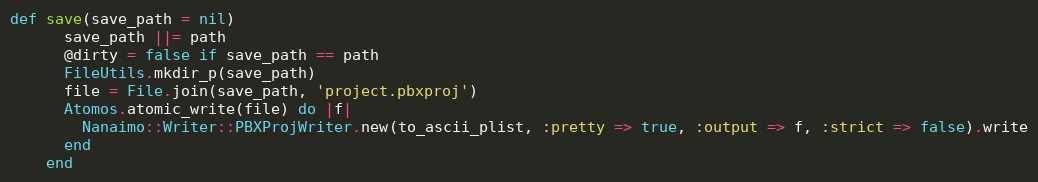
Language: Ruby
def save(save_path = nil)
      save_path ||= path
      @dirty = false if save_path == path
      FileUtils.mkdir_p(save_path)
      file = File.join(save_path, 'project.pbxproj')
      Atomos.atomic_write(file) do |f|
        Nanaimo::Writer::PBXProjWriter.new(to_ascii_plist, :pretty => true, :output => f, :strict => false).write
      end
    end